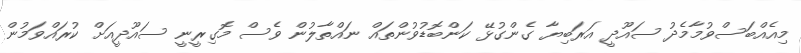
މިއެއްބަސްވުމާމެދު ސައޫދީ އަރަބިޔާ ގެންގުޅޭ ކަންބޮޑުވުންތައް ނައްތާލުން ވެސް މޮގިރީނީ ސައޫދީއަށް ކުރައްވަމުން